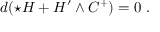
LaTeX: d ( \star H + H ^ { \prime } \wedge C ^ { + } ) = 0 \ .